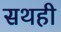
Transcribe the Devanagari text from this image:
सथही